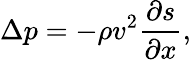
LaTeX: \Delta p=-\rho v^{2}{\frac{\partial s}{\partial x}},